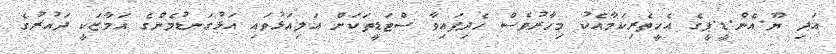
އަދި ޔޫ.އެން.ޑީ.ޕީގެ އެހީތެރިކަމާއެކު މިހާރުވެސް ހެދިފައިވާ ސްޓަޑީތަކަށް އަލިއަޅުވައި އަޅުގަނޑުމެންގެ އަމާޒަކީ ދައުރުގެ